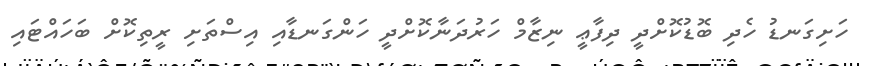
ހަށިގަނޑު ހެދި ބޮޑުކޮށްދީ ދިފާޢީ ނިޒާމް ހަރުދަނާކޮށްދީ ހަންގަނޑާއި އިސްތަށި ރީތިކޮށް ބަހައްޓައި